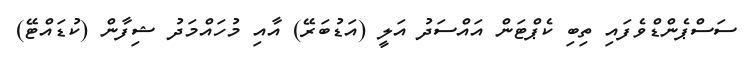
ސަސްޕެންޑްވެފައި ތިބި ކެޕްޓަން އައްސަދު އަލީ (އަޑުބަރޭ) އާއި މުހައްމަދު ޝިފާން (ކުޑައްޓޭ)